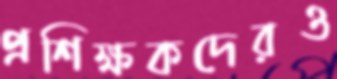
প্রশিক্ষকদেরও